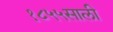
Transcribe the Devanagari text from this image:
१८५५साली